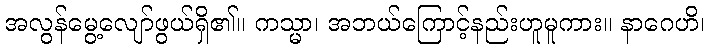
အလွန်မွေ့လျော်ဖွယ်ရှိ၏။ ကသ္မာ၊ အဘယ်ကြောင့်နည်းဟူမူကား။ နာဂေဟိ၊